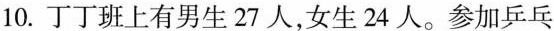
10.丁丁班上有男生27人，女生24人。参加乒乓